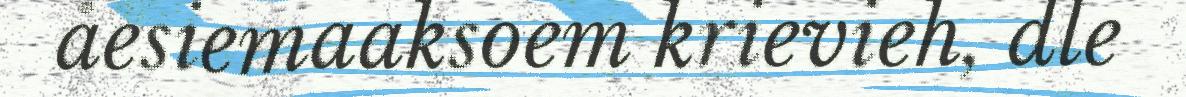
åesiemaaksoem krievieh, dle